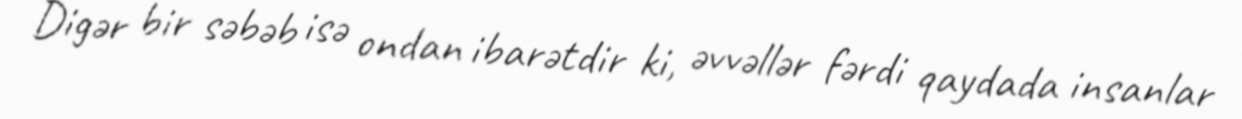
Digər bir səbəb isə ondan ibarətdir ki, əvvəllər fərdi qaydada insanlar